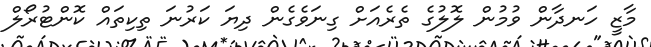
މާޒީ ހަނދާން ވުމުން ލޮލުގެ ތެރެއަށް ގިނަވެގެން ދިޔަ ކަރުނަ ތިކިތައް ކޮންޓުރޯލް